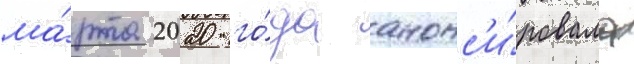
ма́рта 2020 го́да анонс'и́ровала